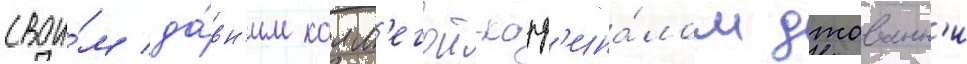
свои́м да́вн'им колл'егои-кард'ина́лом джованн'и